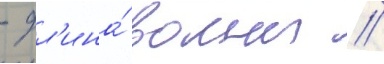
- дл'ина́ волны //